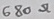
Text: 680Ω